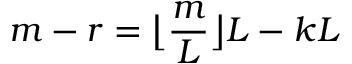
m - r = { \bigl \lfloor } { \frac { m } { L } } { \bigr \rfloor } L - k L